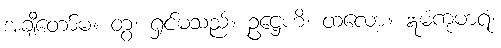
အချီတော်မ။ တွံ၊ ရှင်မသည်။ ဥဋ္ဌေဟိ၊ ထလော့။ ဣမံကုမာရံ၊